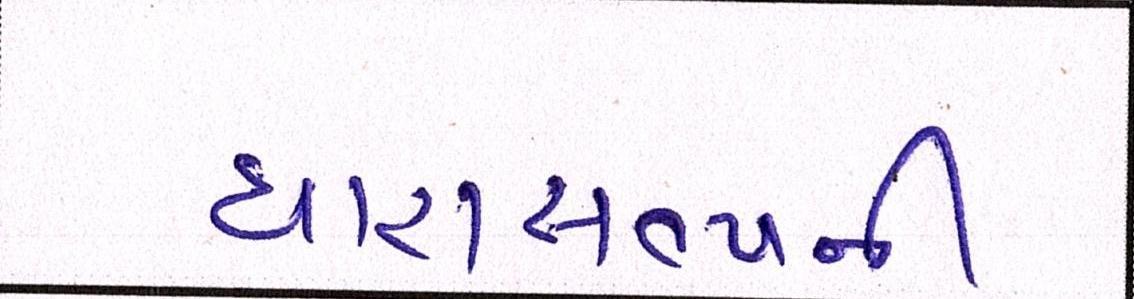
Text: ધારાસભ્યની